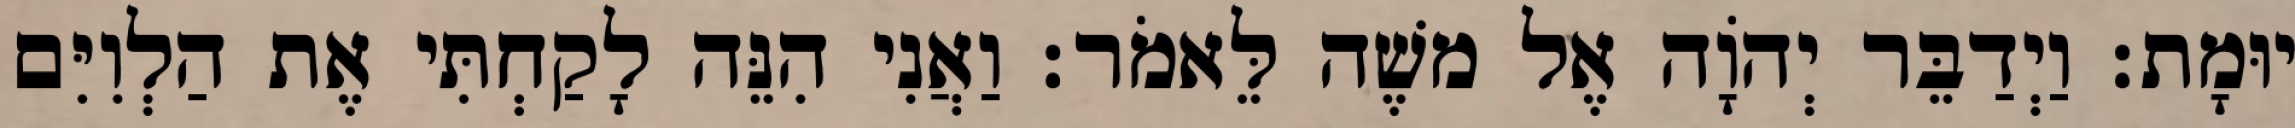
יוּמָת׃ וַיְדַבֵּר יְהוָֹה אֶל משֶׁה לֵּאמֹר׃ וַאֲנִי הִנֵּה לָקַחְתִּי אֶת הַלְוִיִּם